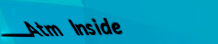
Atm Inside